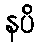
နပိ